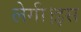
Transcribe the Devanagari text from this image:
लेगी।इस